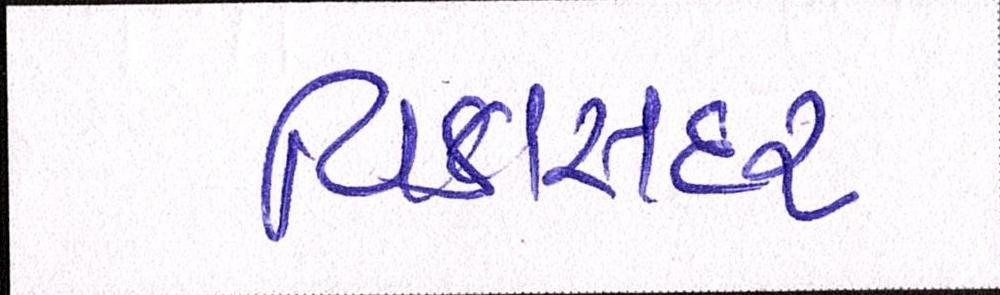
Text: વિકાસદર